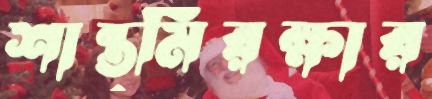
শান্ত্মিরক্ষার